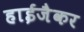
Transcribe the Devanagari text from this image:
हाईजैकर